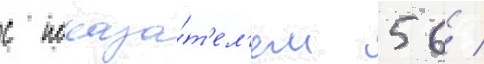
с показа́т'ел'ем 56 /